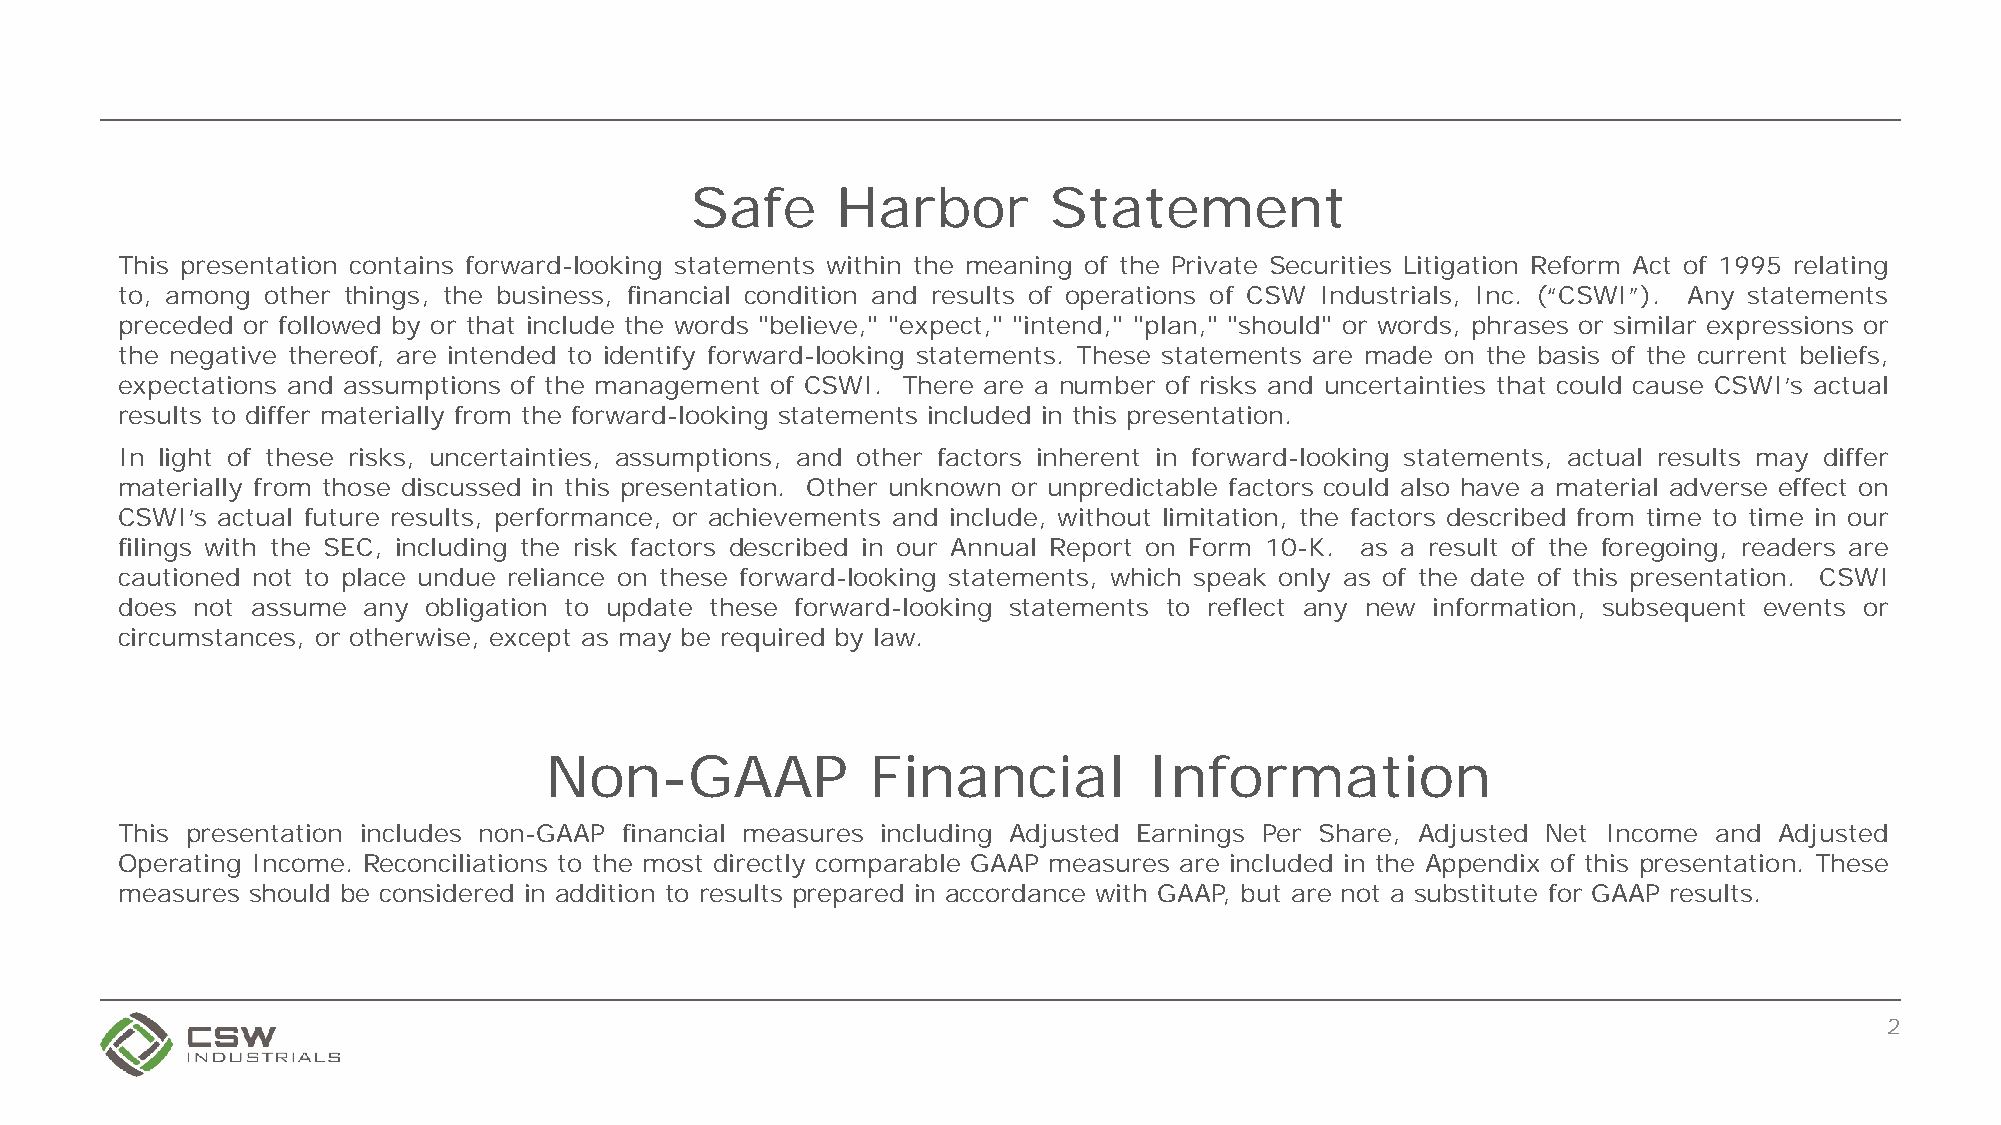
Safe     Harbor        Statement
 This presentation contains forward-looking statements within the meaning of the Private Securities Litigation Reform Act of 1995 relating
 to, among other things, the business, financial condition and results of operations of CSW Industrials, Inc. (“CSWI”). Any statements
 preceded or followed by or that include the words "believe," "expect," "intend," "plan," "should" or words, phrases or similar expressions or
 the negative thereof, are intended to identify forward-looking statements. These statements are made on the basis of the current beliefs,
 expectations and assumptions of the management of CSWI. There are a number of risks and uncertainties that could cause CSWI’s actual
 results to differ materially from the forward-looking statements included in this presentation.
 In light of these risks, uncertainties, assumptions, and other factors inherent in forward-looking statements, actual results may differ
 materially from those discussed in this presentation. Other unknown or unpredictable factors could also have a material adverse effect on
 CSWI’s actual future results, performance, or achievements and include, without limitation, the factors described from time to time in our
 filings with the SEC, including the risk factors described in our Annual Report on Form 10-K. as a result of the foregoing, readers are
 cautioned not to place undue reliance on these forward-looking statements, which speak only as of the date of this presentation. CSWI
 does not assume any obligation to update these forward-looking statements to reflect any new information, subsequent events or
 circumstances, or otherwise, except as may be required by law.
 Non-GAAP              Financial         Information
 This presentation includes non-GAAP financial measures including Adjusted Earnings Per Share, Adjusted Net Income and Adjusted
 Operating Income. Reconciliations to the most directly comparable GAAP measures are included in the Appendix of this presentation. These
 measures should be considered in addition to results prepared in accordance with GAAP, but are not a substitute for GAAP results.
 2